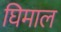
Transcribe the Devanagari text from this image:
घिमाल